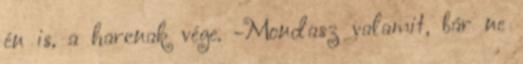
én is, a harcnak vége. -Mondasz valamit, bár ne